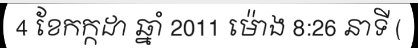
4 ខែកក្កដា ឆ្នាំ 2011 ម៉ោង 8:26 នាទី (